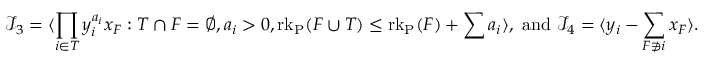
\mathcal { I } _ { 3 } = \langle \prod _ { i \in T } y _ { i } ^ { a _ { i } } x _ { F } : T \cap F = \varnothing , a _ { i } > 0 , \operatorname { r k } _ { \operatorname { P } } ( F \cup T ) \le \operatorname { r k } _ { \operatorname { P } } ( F ) + \sum a _ { i } \rangle , \mathrm { ~ a n d ~ } \mathcal { I } _ { 4 } = \langle y _ { i } - \sum _ { F \not \ni i } x _ { F } \rangle .